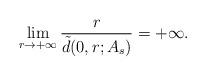
LaTeX: \begin{align*}\lim_{r\rightarrow +\infty} \frac{r}{\tilde{d}(0,r;A_s)}=+\infty.\end{align*}